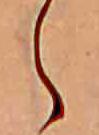
ら